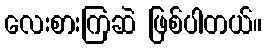
လေးစားကြဆဲ ဖြစ်ပါတယ်။